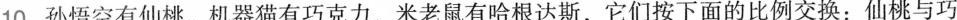
10. 孙悟空有仙桃，机器猫有巧克力，米老鼠有哈根达斯，它们按下面的比例交换：仙桃与巧